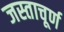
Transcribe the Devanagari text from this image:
जस्ताचूर्ण